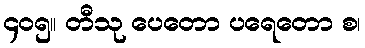
၄၀၅။ တီသု ပေတော ပရေတော စ၊